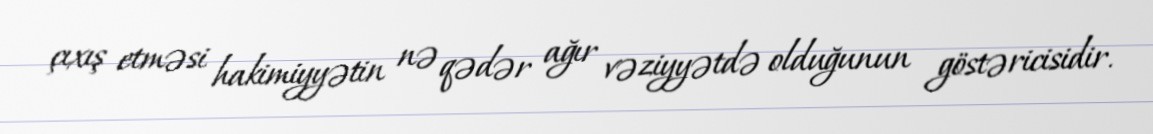
çıxış etməsi hakimiyyətin nə qədər ağır vəziyyətdə olduğunun göstəricisidir.